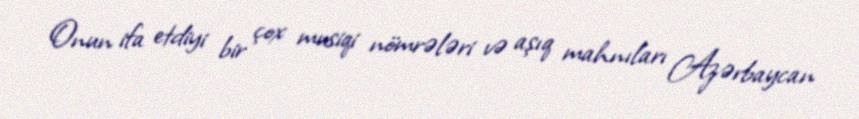
Onun ifa etdiyi bir çox musiqi nömrələri və aşıq mahnıları Azərbaycan